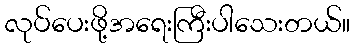
လုပ်ပေးဖို့အရေးကြီးပါသေးတယ်။